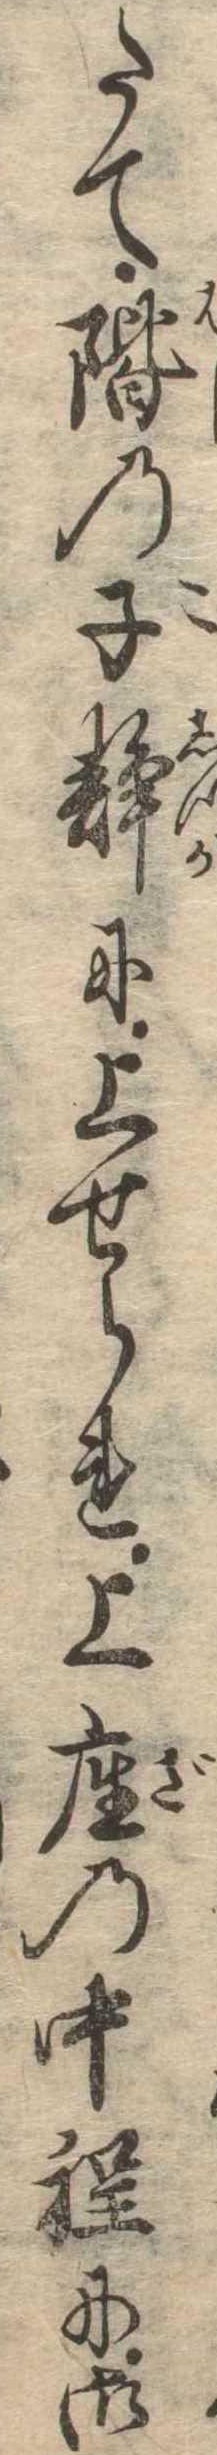
たて階の子静に上せられ上座の中程に御